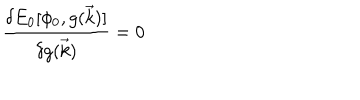
LaTeX: { \frac { \delta E _ { 0 } [ \phi _ { 0 } , g ( \vec { k } ) ] } { \delta g ( \vec { k } ) } } = 0